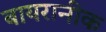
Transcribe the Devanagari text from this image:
बायरानीक